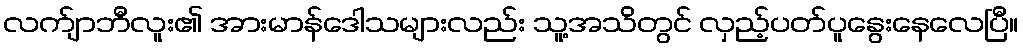
လက်ျာဘီလူး၏ အားမာန်ဒေါသများလည်း သူ့အသိတွင် လှည့်ပတ်ပူနွေးနေလေပြီ။